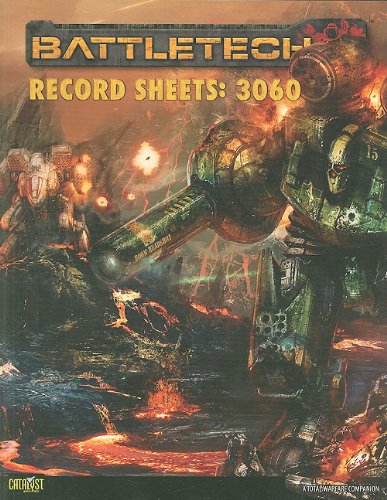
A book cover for Battletech Record Sheets: 3060 (Battletech (Unnumbered)); Randall N. Bills; Science Fiction & Fantasy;